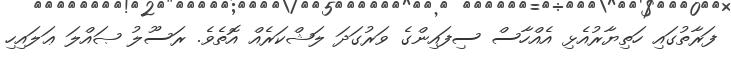
ފަރާތުގައި ހަތިޔާރުއެޅި އެއްހާސް ސިފައިންގެ ވަރުގަދަ ލަޝްކަރެއް އޮތެވެ. ރަސޫލު ޞައްލަ ޢަލައިހި